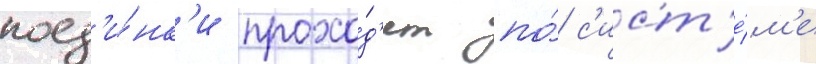
поед'и́нк'и прохо́д'ят по́ с'ист'е́м'е